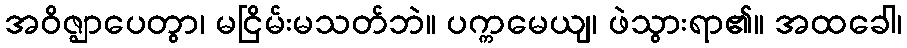
အဝိဇ္ဈာပေတွာ၊ မငြိမ်းမသတ်ဘဲ။ ပက္ကမေယျ၊ ဖဲသွားရာ၏။ အထခေါ၊